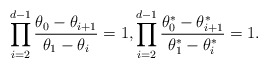
\begin{align*}\prod^{d-1}_{i=2} \frac{\theta_0 - \theta_{i+1}}{\theta_1-\theta_i}=1,\prod^{d-1}_{i=2} \frac{\theta^*_0 - \theta^*_{i+1}}{\theta^*_1-\theta^*_i}=1.\end{align*}